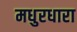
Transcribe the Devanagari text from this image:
मधुरधारा